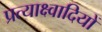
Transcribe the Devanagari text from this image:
प्रत्याक्ष्वादियों